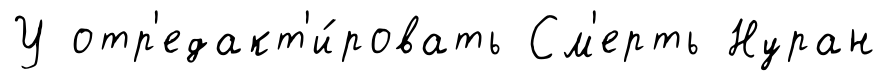
У отр'едакт'и́ровать См'ерть Нуран